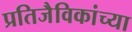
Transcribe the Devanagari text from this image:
प्रतिजैविकांच्या